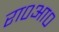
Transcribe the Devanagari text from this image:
रा०आ०